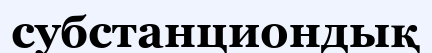
субстанциондық